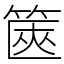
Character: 篋